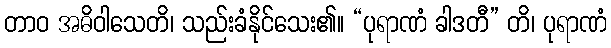
တာဝ အဓိဝါသေတိ၊ သည်းခံနိုင်သေး၏။ “ပုရာဏံ ခါဒတီ” တိ၊ ပုရာဏံ